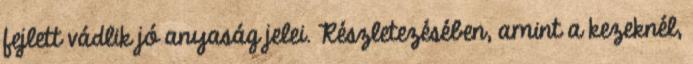
fejlett vádlik jó anyaság jelei. Részletezésében, amint a kezeknél,